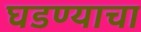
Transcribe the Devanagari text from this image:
घडण्याचा